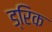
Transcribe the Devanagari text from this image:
ड्रिक